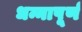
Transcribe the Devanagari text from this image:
धन्नापूर्ण